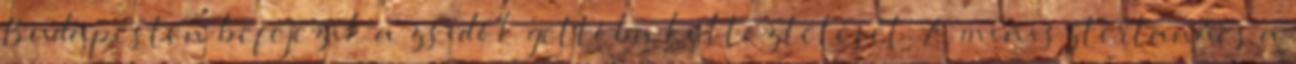
Budapesten befejezik a zsidók gettóba költöztetését. A minisztertanács a